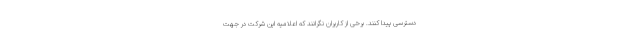
دسترسی پیدا کنند. برخی از کاربران نگرانند که اعلامیه این شرکت در جهت